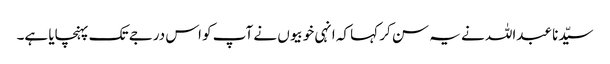
سیّدنا عبداللہ نے یہ سن کر کہا کہ انہی خوبیوں نے آپ کو اس درجے تک پہنچایا ہے۔